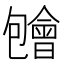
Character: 𱑃